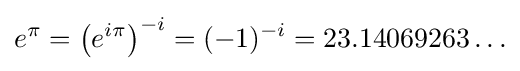
e^{\pi }=\left(e^{i\pi }\right)^{-i}=(-1)^{-i}=23.14069263\ldots